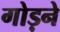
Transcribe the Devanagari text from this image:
गोड़ने